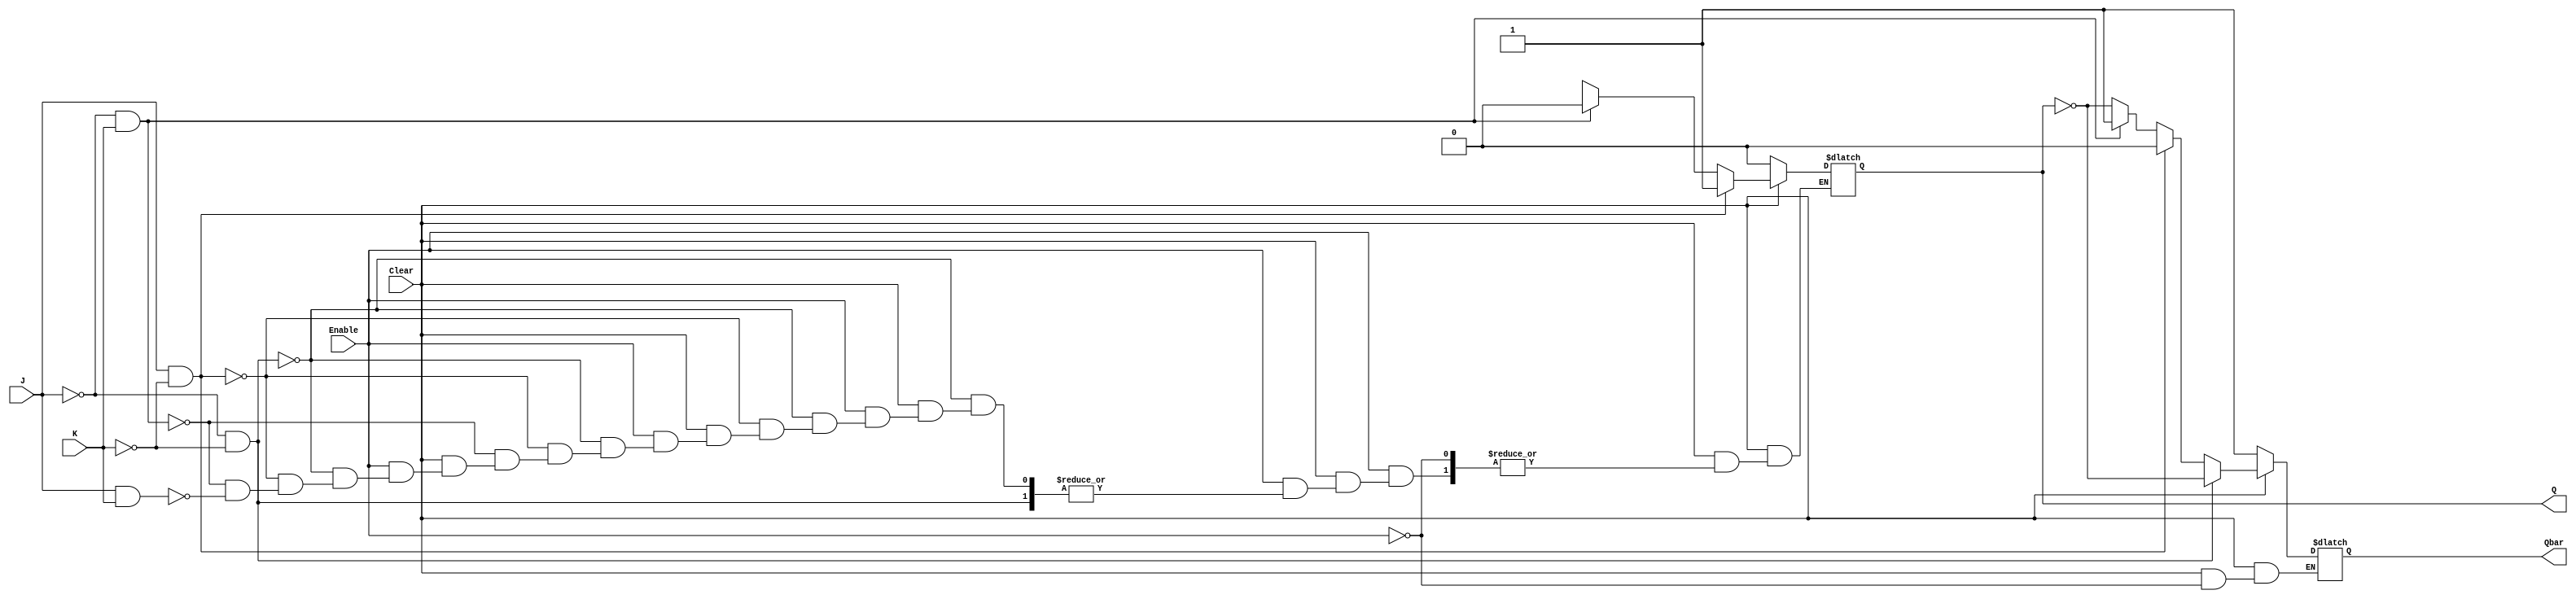
// Module Name:    JK_Latch 

module JK_Latch(J,K,Clear,Enable,Q,Qbar);
	input J,K,Clear,Enable;
	output reg Q, Qbar;
		always @(Enable,J,K,Clear)
	begin
	if(Clear == 1'b0) //Clear is used to hold the previous state
		begin
		Q = 1'b0;
		Qbar = 1'b1;
		end
	else
	begin
		if(Enable == 1'b1)
		begin
			if(J == 0 && K == 0)
				begin Q = Q; Qbar = ~Q; end
			else if(J == 1 && K == 0)
				begin Q = 1'b1; Qbar = ~Q; end
			else if(J == 0 && K == 1)
				begin Q = 1'b0; Qbar = ~Q; end
			else if(J == 1 && K == 1)
				begin Q = 1'bx; Qbar = 1'bx; end
			else
				begin Q = Q; Qbar = ~Q; end
		end
		else
		begin
			Q <= Q;
			Qbar <= Qbar;
		end
	end
	end
endmodule